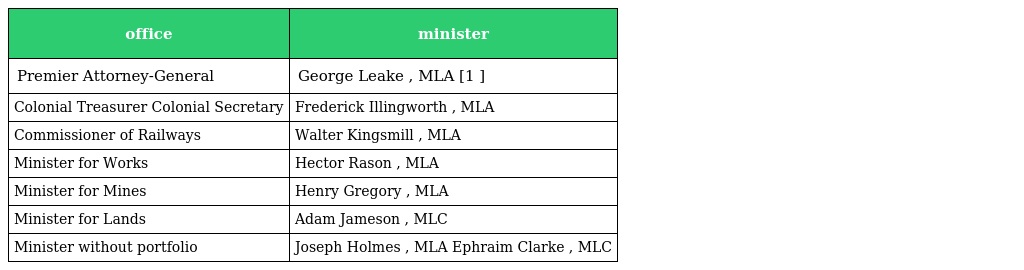
| office | minister |
 | --- | --- |
 | Premier Attorney-General | George Leake , MLA [1 ] |
 | Colonial Treasurer Colonial Secretary | Frederick Illingworth , MLA |
 | Commissioner of Railways | Walter Kingsmill , MLA |
 | Minister for Works | Hector Rason , MLA |
 | Minister for Mines | Henry Gregory , MLA |
 | Minister for Lands | Adam Jameson , MLC |
 | Minister without portfolio | Joseph Holmes , MLA Ephraim Clarke , MLC |